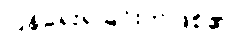
ပြန်ရေးရခြင်းဘဲဖြစ်၏။